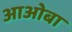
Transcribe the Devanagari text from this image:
आओबा